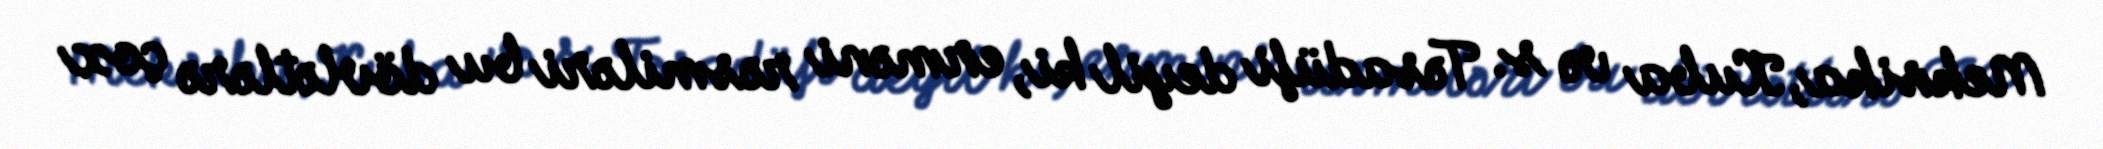
Meksika, Kuba və s. Təsadüfi deyil ki, erməni rəsmiləri bu dövlətlərə çox